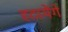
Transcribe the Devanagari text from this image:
हटायेंगे